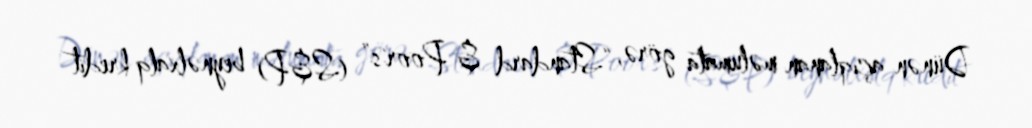
Dünən açıqlanan məlumata görə, “Standard & Poor's” (S&P) beynəlxalq kredit